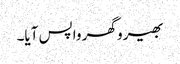
بھیرو گھر واپس آیا۔